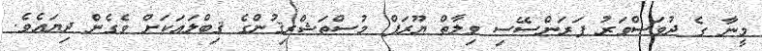
މީނާ ގެ ދުވަސްވަރު ފަރަންސޭސި ވިލާތް ޔޫރަޕް މުސްތަޝްރިޤުންގެ ޤިބްލައަކަށް ވެގެން ދިޔައެވެ.